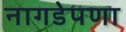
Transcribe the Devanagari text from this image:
नागडेपणा